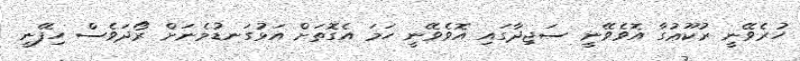
ހުރެވޭނީ ރުކޫޢުގާ އޮވެވޭނީ ސަޖިދާގައި އޮވެވޭނީ ހަމަ އެގޮތަށް އަޅުގަނޑުމެނަށް ރޯދަވެސް ހިފޭނީ